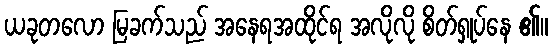
ယခုတလော မြခက်သည် အနေရအထိုင်ရ အလိုလို စိတ်ရှုပ်နေ ၏။